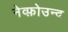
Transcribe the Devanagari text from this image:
नेव्फ़ोउन्द